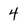
Character: 4